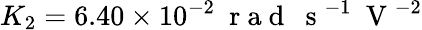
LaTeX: K_{2}=6.40\times 10^{-2}~\mathrm{~r~a~d~}~\mathrm{~s~}^{-1}~\mathrm{~V~}^{-2}